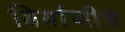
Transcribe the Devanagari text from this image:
बिर्याणीचे